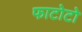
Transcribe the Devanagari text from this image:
फाटोटो